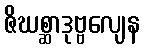
ဇိဃစ္ဆာဒုဗ္ဗလျေန